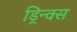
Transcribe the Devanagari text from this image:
ड्रिन्क्स